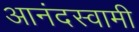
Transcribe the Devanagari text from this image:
आनंदस्वामी